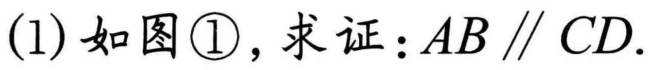
(1) 如图 \textcircled{1}，求证：\(AB\parallel CD\).